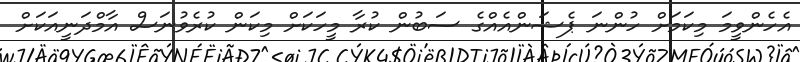
އެހެންވީމަ މިކަމަށް ހުންނަ ޕެޝަންއެއްގެ ސަބުން ކުރާ މީހަކަށް މިކަން ކުރެވުނަސް އާމްދަނީއަކަށް